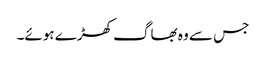
جس سے وہ بھاگ کھڑے ہوئے۔